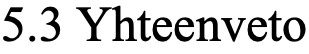
5.3 Yhteenveto